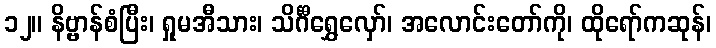
၁၂။ နိဗ္ဗာန်စံပြီး၊ ရှုမအီသား၊ သိင်္ဂီရွှေလှော်၊ အလောင်းတော်ကို၊ ထိုရော်ကဆုန်၊